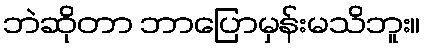
ဘဲဆိုတာ ဘာပြောမှန်းမသိဘူး။